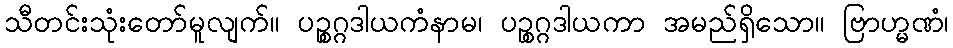
သီတင်းသုံးတော်မူလျက်။ ပဉ္စဂ္ဂဒါယကံနာမ၊ ပဉ္စဂ္ဂဒါယကာ အမည်ရှိသော။ ဗြာဟ္မဏံ၊